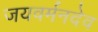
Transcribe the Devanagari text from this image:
जयवर्मनदेव